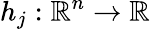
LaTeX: h_{j}:\, \! \mathbb{R}^{n}\rightarrow\mathbb{R}